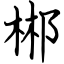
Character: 郴